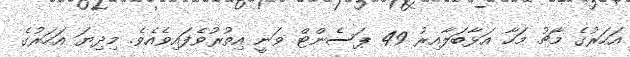
އަހަރުގެ މާޗު މަހާ އަޅާބަލާއިރު 49 ޕަސެންޓް ވަނީ އިތުރުވެފައިވެއެވެ. މިދިޔަ އަހަރުގެ